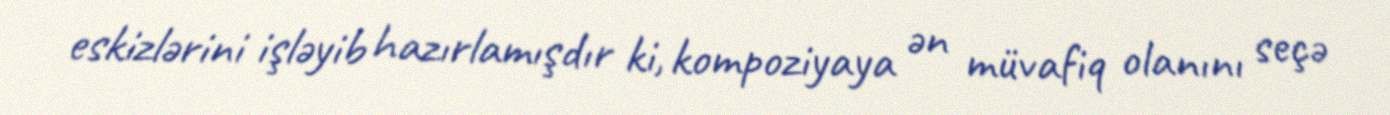
eskizlərini işləyib hazırlamışdır ki, kompoziyaya ən müvafiq olanını seçə